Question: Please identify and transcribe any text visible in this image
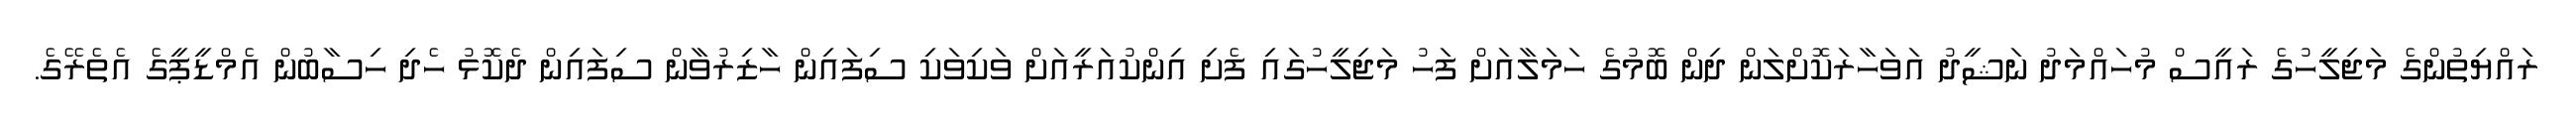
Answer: ރައްޔިތުންގެ މަޖިލީހުގެ ރައީސް މުހައްމަދު ނަޝީދު އަވަހާރަކޮށްލަން ދިން ބޮމުގެ ހަމަލާއަށް ފަހު މަޖިލީހުގައި ފެށި އިންކުއަރީއަށް ވަކިވަކި ސިފައިން ހާޒިރުވާން ސިފައިން ދެކޮޅު ހެދި ހިސާބުން އެމްޑީޕީގެ އެތެރޭގެ.